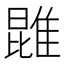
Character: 𨿪